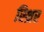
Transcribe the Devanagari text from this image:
स्थ्रिर